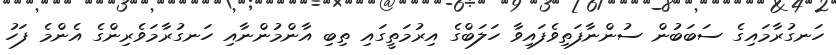
ހަނގުރާމައިގެ ސަބަބުން ސުންނާފަތިވެފައިވާ ހަލަބްގެ އިރުމަތީގައި ތިބި އާންމުންނާއި ހަނގުރާމަވެރިންގެ އެންމެ ފަހު